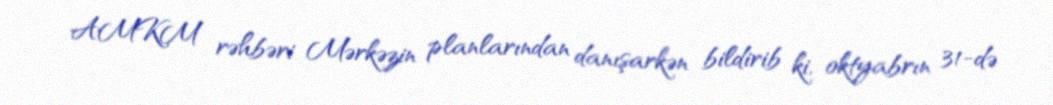
AMKM rəhbəri Mərkəzin planlarından danışarkən bildirib ki, oktyabrın 31-də